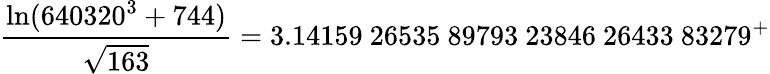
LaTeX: {\frac{\ln(640320^{3}+744)}{\sqrt{163}}}=3.14159\ 26535\ 89793\ 23846\ 26433\ 83279^{+}